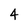
Character: 4